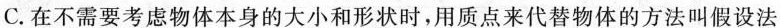
C.在不需要考虑物体本身的大小和形状时，用质点来代替物体的方法叫假设法